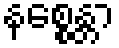
နစ္စေန္တာ